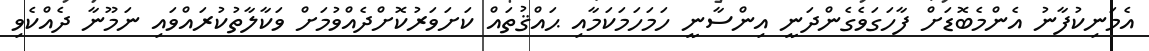
އެމަނިކުފާނު އެންމެބޮޑަށް ފާހަގަވެގެންދަނީ އިންސާނީ ހަމަހަމަކަމާއި ޙައްޤުތައް ކަށަވަރުކޮށްދެއްވުމަށް ވަކާލާތުކުރައްވައި ނަމޫނާ ދެއްކެވި